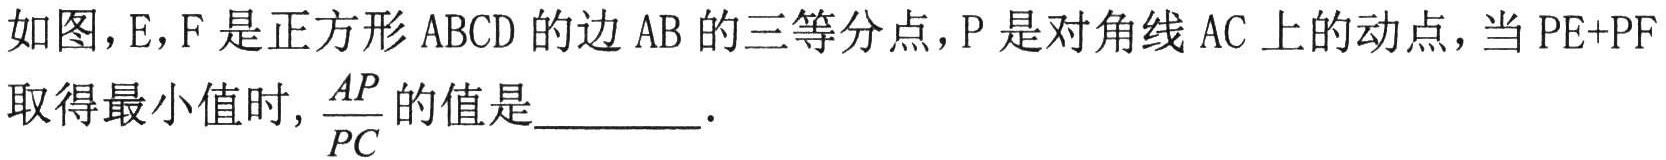
如图，\(E\)，\(F\)是正方形\(ABCD\)的边\(AB\)的三等分点，\(P\)是对角线\(AC\)上的动点，当\(PE + PF\)取得最小值时, \(\frac{AP}{PC}\)的值是______.